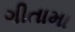
ગીતામા